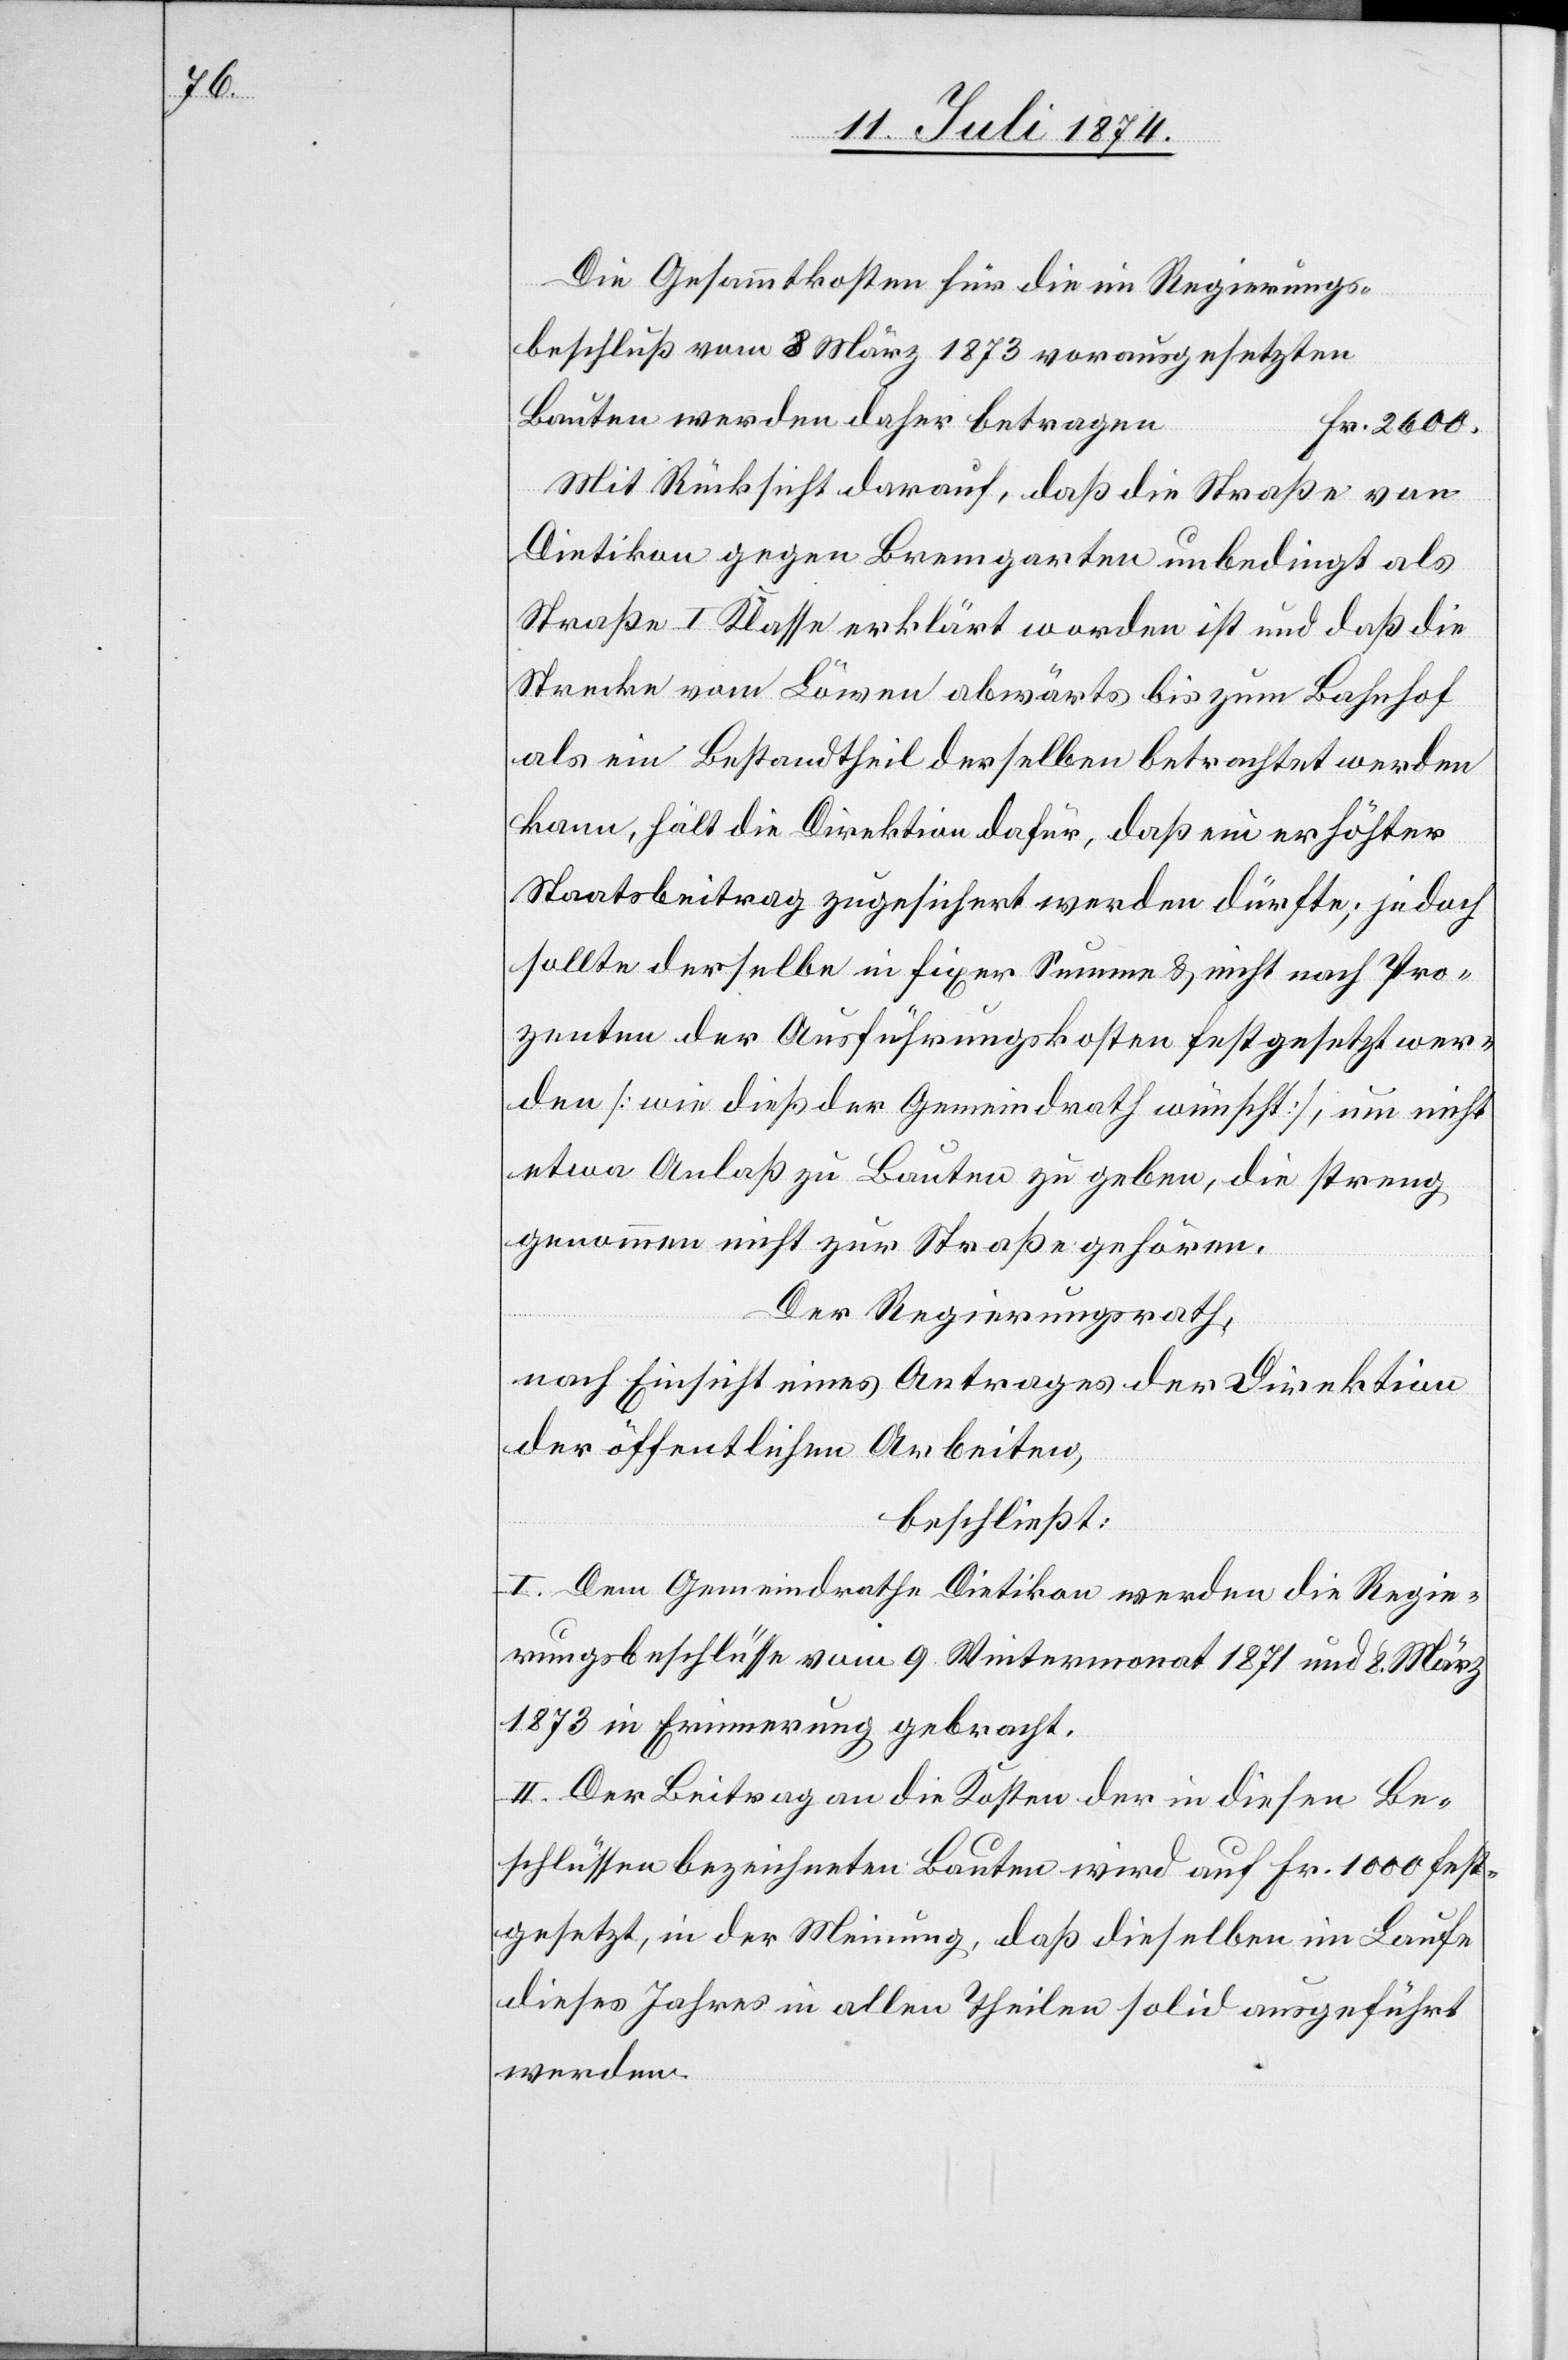
Die Gesammtkosten für die im Regierungs¬
beschluß vom 8. März 1873 vorausgesetzten
Bauten werden daher betragen
Fr. 2600.
Mit Rücksicht darauf, daß die Straße von
Dietikon gegen Bremgarten unbedingt als
Straße I. Klasse erklärt worden ist und daß die
Strecke vom Löwen abwärts bis zum Bahnhof
als ein Bestandtheil derselben betrachtet werden
kann, hält die Direktion dafür, daß ein erhöhter
Staatsbeitrag zugesichert werden dürfte; jedoch
sollte derselbe in fixer Summe u. nicht nach Pro¬
zenten der Ausführungskosten festgesetzt wer¬
den [wie dieß der Gemeindrath wünscht], um nicht
etwa Anlaß zu Bauten zu geben, die streng
genommen nicht zur Straße gehören.
Der Regierungsrath,
nach Einsicht eines Antrages der Direktion
der öffentlichen Arbeiten,
beschließt:
I. Dem Gemeindrathe Dietikon werden die Regie¬
rungsbeschlüsse vom 9. Wintermonat 1871 und 8. März
1873 in Erinnerung gebracht.
II. Der Beitrag an die Kosten der in diesen Be¬
schlüssen bezeichneten Bauten wird auf Fr. 1000 fest¬
gesetzt, in der Meinung, daß dieselben im Laufe
dieses Jahres in allen Theilen solid ausgeführt
werden.